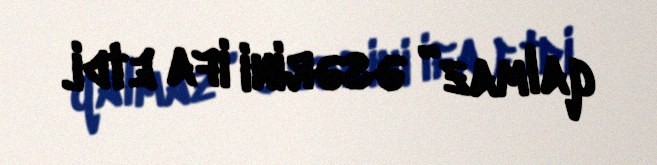
qalmaz” əsərini ifa etdi.